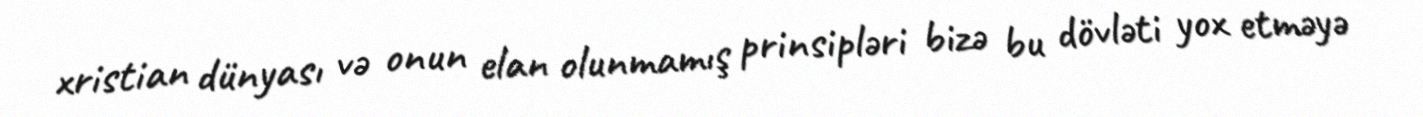
xristian dünyası və onun elan olunmamış prinsipləri bizə bu dövləti yox etməyə